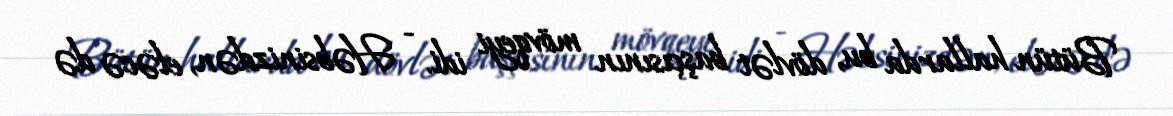
Bütün hallarda bu, dövlət başçısının mövqeyi idi. - Həbsinizdən, eləcə də